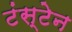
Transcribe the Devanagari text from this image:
टंस्टेन